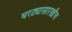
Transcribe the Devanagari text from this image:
घरट्यासारखीच